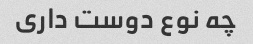
چه نوع دوست داری